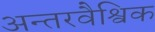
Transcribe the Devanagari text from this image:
अन्तरवैश्विक